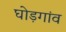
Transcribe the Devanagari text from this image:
घोड़गांव